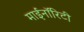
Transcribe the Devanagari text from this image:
माईनॉरिटी